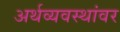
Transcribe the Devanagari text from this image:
अर्थव्यवस्थांवर